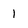
Character: 1